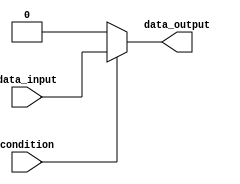
module if_else_statement(
    input wire condition,
    input wire data_input,
    output reg data_output
);

always @(*) begin
    if (condition) begin // If condition is true
        data_output = data_input;
    end
    else begin // If condition is false
        data_output = 0;
    end
end

endmodule